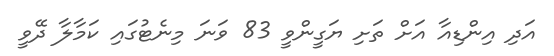
އަދި އިންޑިއާ އަށް ތަށި ޔަގީންވީ 83 ވަނަ މިނެޓުގައި ކަމާލާ ދޭވީ